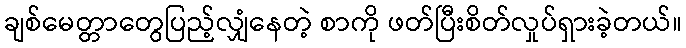
ချစ်မေတ္တာတွေပြည့်လျှံနေတဲ့ စာကို ဖတ်ပြီးစိတ်လှုပ်ရှားခဲ့တယ်။